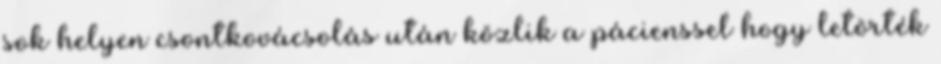
sok helyen csontkovácsolás után közlik a pácienssel hogy letörték